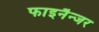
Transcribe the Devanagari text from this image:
फाइनैन्जर